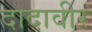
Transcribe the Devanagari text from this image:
दादावीर